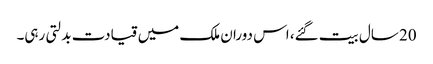
20 سال بیت گئے، اس دوران ملک میں قیادت بدلتی رہی۔